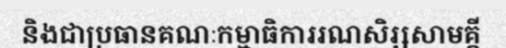
និងជាប្រធានគណៈកម្មាធិការរណសិរ្សសាមគ្គី